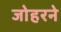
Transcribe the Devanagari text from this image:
जोहरने